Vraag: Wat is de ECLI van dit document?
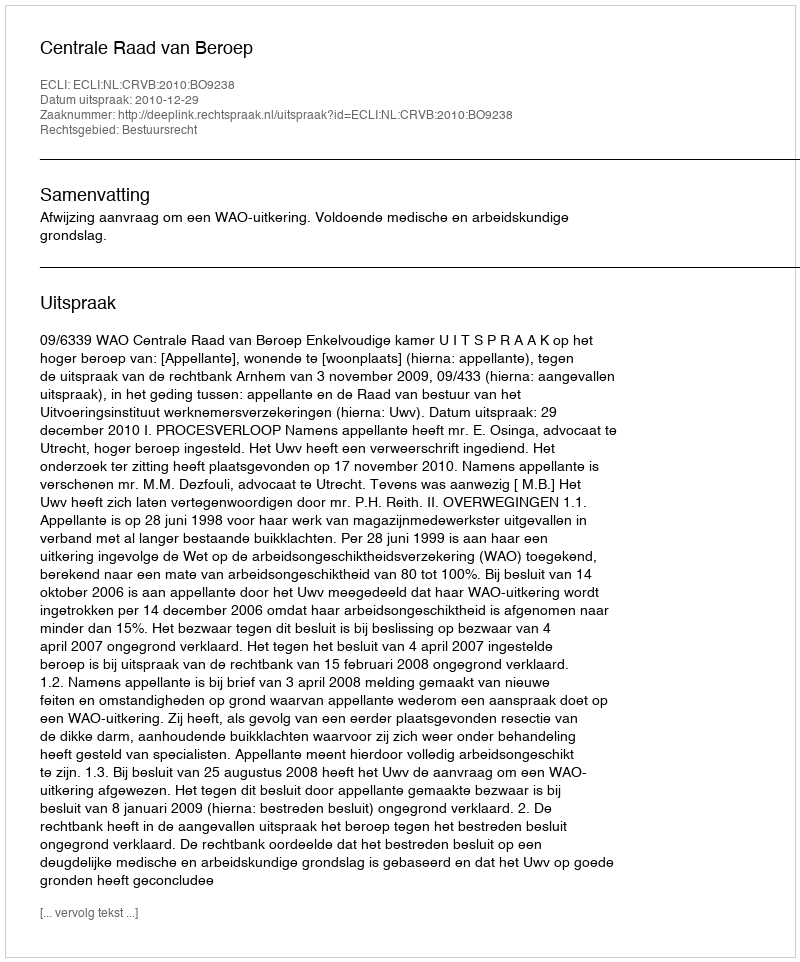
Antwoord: ECLI:NL:CRVB:2010:BO9238